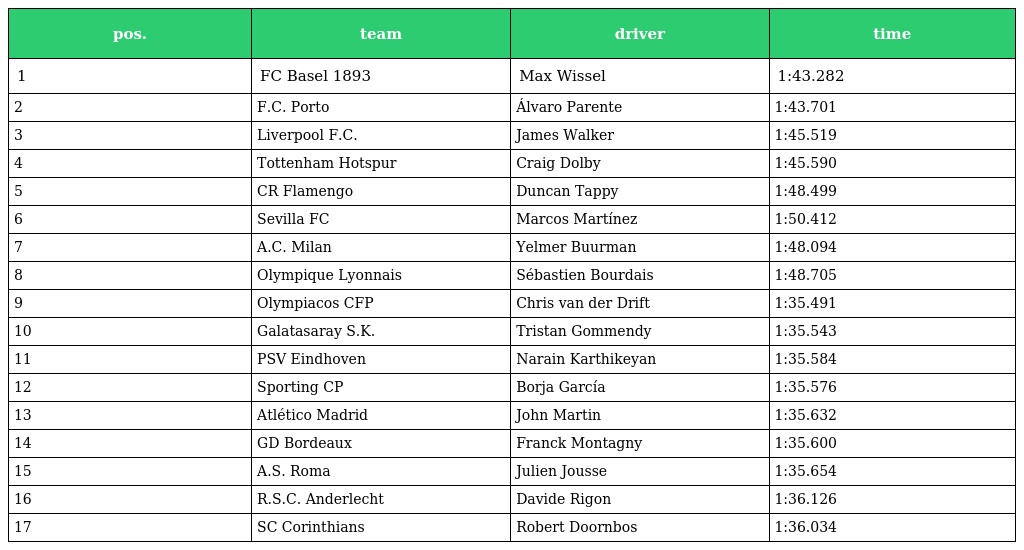
| pos. | team | driver | time |
 | --- | --- | --- | --- |
 | 1 | FC Basel 1893 | Max Wissel | 1:43.282 |
 | 2 | F.C. Porto | Álvaro Parente | 1:43.701 |
 | 3 | Liverpool F.C. | James Walker | 1:45.519 |
 | 4 | Tottenham Hotspur | Craig Dolby | 1:45.590 |
 | 5 | CR Flamengo | Duncan Tappy | 1:48.499 |
 | 6 | Sevilla FC | Marcos Martínez | 1:50.412 |
 | 7 | A.C. Milan | Yelmer Buurman | 1:48.094 |
 | 8 | Olympique Lyonnais | Sébastien Bourdais | 1:48.705 |
 | 9 | Olympiacos CFP | Chris van der Drift | 1:35.491 |
 | 10 | Galatasaray S.K. | Tristan Gommendy | 1:35.543 |
 | 11 | PSV Eindhoven | Narain Karthikeyan | 1:35.584 |
 | 12 | Sporting CP | Borja García | 1:35.576 |
 | 13 | Atlético Madrid | John Martin | 1:35.632 |
 | 14 | GD Bordeaux | Franck Montagny | 1:35.600 |
 | 15 | A.S. Roma | Julien Jousse | 1:35.654 |
 | 16 | R.S.C. Anderlecht | Davide Rigon | 1:36.126 |
 | 17 | SC Corinthians | Robert Doornbos | 1:36.034 |